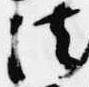
法